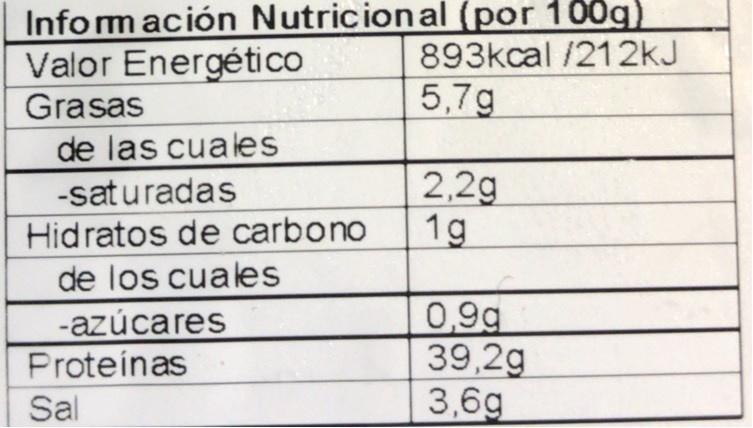
Infomación Nutricional (por 100g) Valor Energético
893kcal /212kJ
Grasas
5,7g
de las cuales
2,2g 1g
-saturadas
Hidratos de carbono
de los cuales
-azúcares Proteínas
0,9g 39,2g 3,6g
Sal